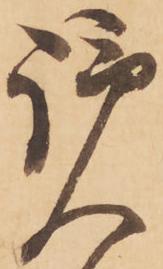
覧